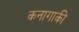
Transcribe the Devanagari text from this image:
कनागाकी